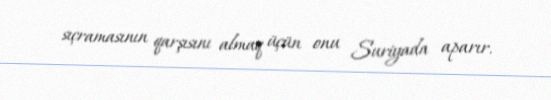
sıçramasının qarşısını almaq üçün onu Suriyada aparır.